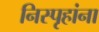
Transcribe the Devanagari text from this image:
निस्पृहांना